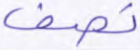
تصف